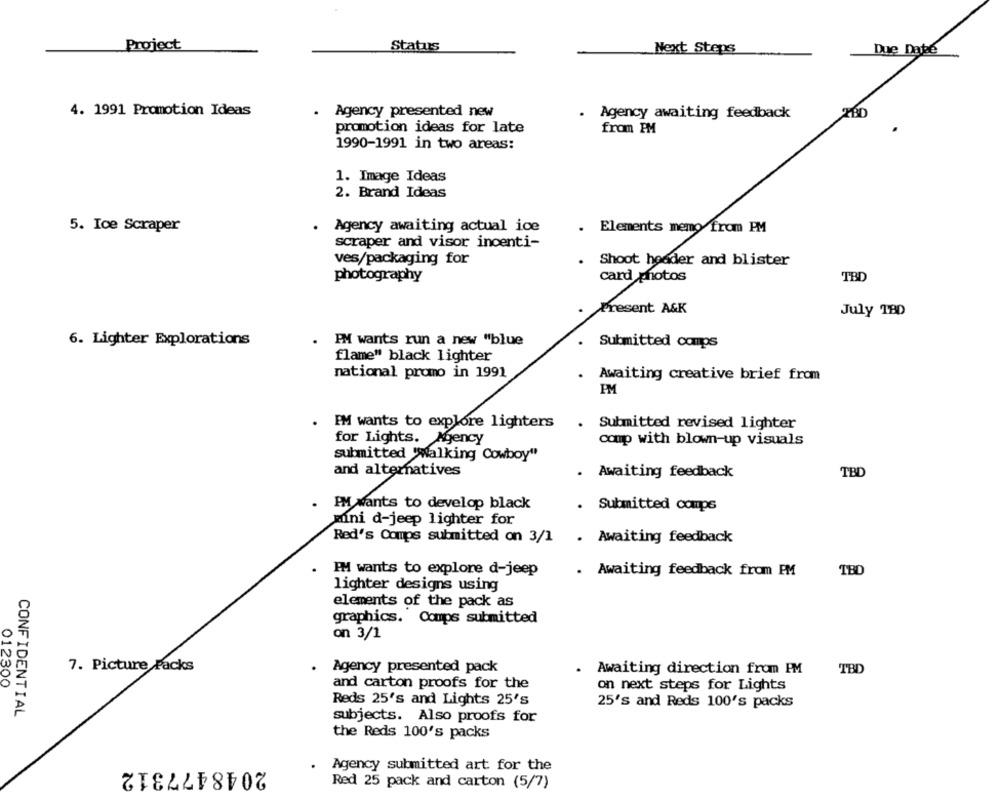
Project
Status
Next Steps
Due Date
4. 1991 Promotion Ideas
.
Agency presented new
Agency awaiting feedback
promotion ideas for late
from PM
1990-1991 in two areas:
1. Image Ideas
2. Brand Ideas
5. Ice Scraper
Agency awaiting actual ice
. Elements memo from PM
scraper and visor incenti-
ves/packaging for
.
Shoot houder and blister
photography
card photos
TBD
Present A&K
July TBD
6. Lighter Explorations
. PM wants run a new "blue
Submitted comps
flame" black lighter
national promo in 1991
Awaiting creative brief from
PM
.
IM wants to explore lighters
. Submitted revised lighter
for Lights. Agency
comp with blown-up visuals
submitted 'Walking Cowboy"
and alternatives
TBD
Awaiting feedback
PM wants to develop black
Submitted comps
mni d-jeep lighter for
Red's Comps submitted on 3/1 . Awaiting feedback
IM wants to explore d-jeep
. Awaiting feedback from PM
TBD
lighter designs using
elements of the pack as
graphics. Comps submitted
on 3/1
7. Picture Packs
Agency presented pack
. Awaiting direction from PM
TBD
012300
and carton proofs for the
on next steps for Lights
Reds 25's and Lights 25's
25's and Reds 100's packs
CONFIDENTIAL
subjects. Also proofs for
the Reds 100's packs
2048477312
Agency submitted art for the
Red 25 pack and carton (5/7)